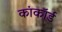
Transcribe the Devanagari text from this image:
कांकॉर्ड